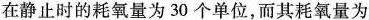
在静止时的耗氧量为30个单位，而其耗氧量为